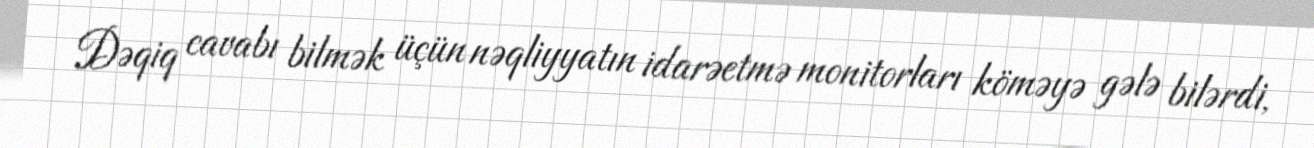
Dəqiq cavabı bilmək üçün nəqliyyatın idarəetmə monitorları köməyə gələ bilərdi,